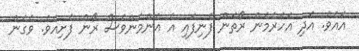
އައެވެ. އަދި އަހަރެމެން ރޯތަން ފެނިފައި އެ އެންމެންވެސް ރޯން ފެށިއެވެ. ވެގެން